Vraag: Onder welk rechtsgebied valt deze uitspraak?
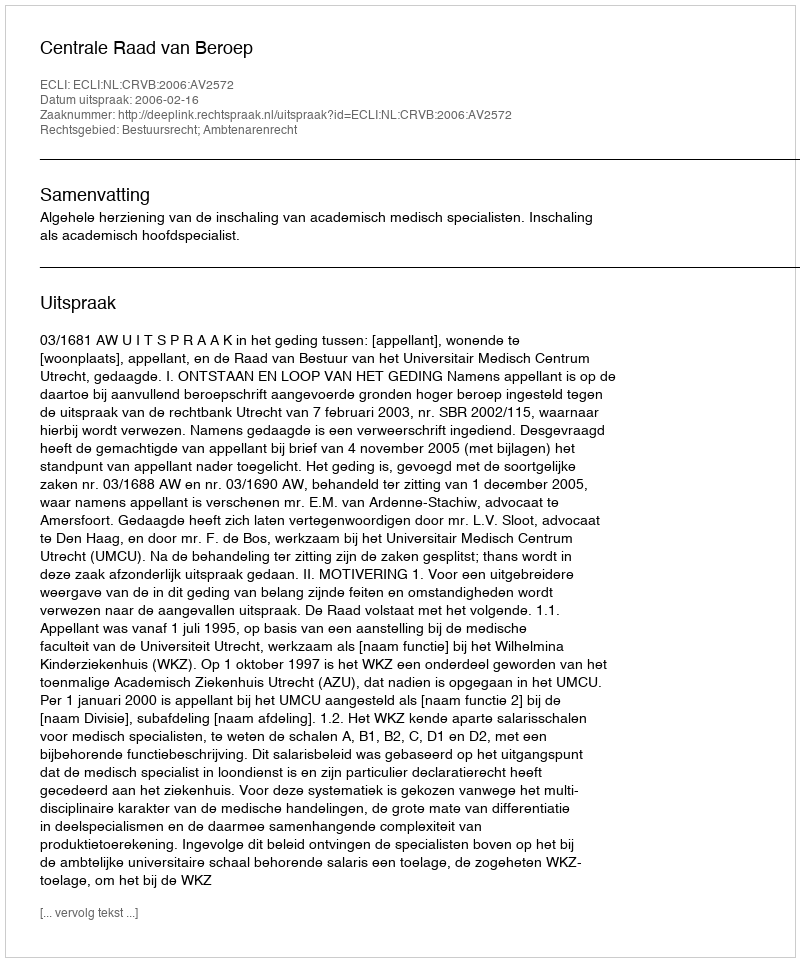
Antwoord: Bestuursrecht; Ambtenarenrecht